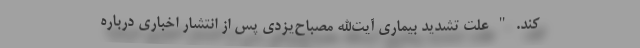
کند. " علت تشدید بیماری آیت‌الله مصباح‌یزدی پس از انتشار اخباری درباره